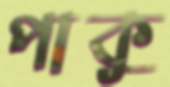
পাকু